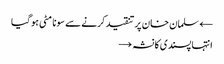
← سلمان خان پر تنقید کرنے سے سونا مٹی ہو گیا
انتہا پسندی کا نشہ →